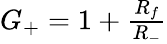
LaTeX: \begin{array}{r}{G_{+}=1+\frac{R_{f}}{R_{-}}}\end{array}